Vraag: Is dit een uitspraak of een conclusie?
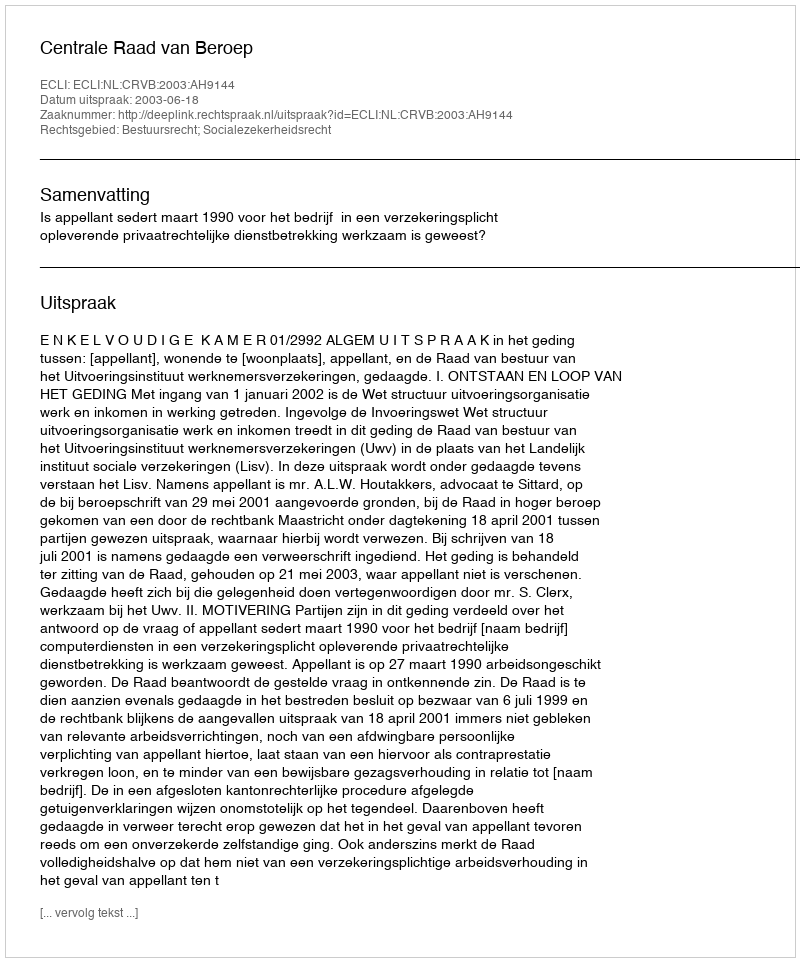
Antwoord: Uitspraak